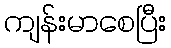
ကျန်းမာစေပြီး